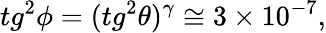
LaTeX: tg^{2}\phi=(tg^{2}\theta)^{\gamma}\cong 3\times 10^{-7},